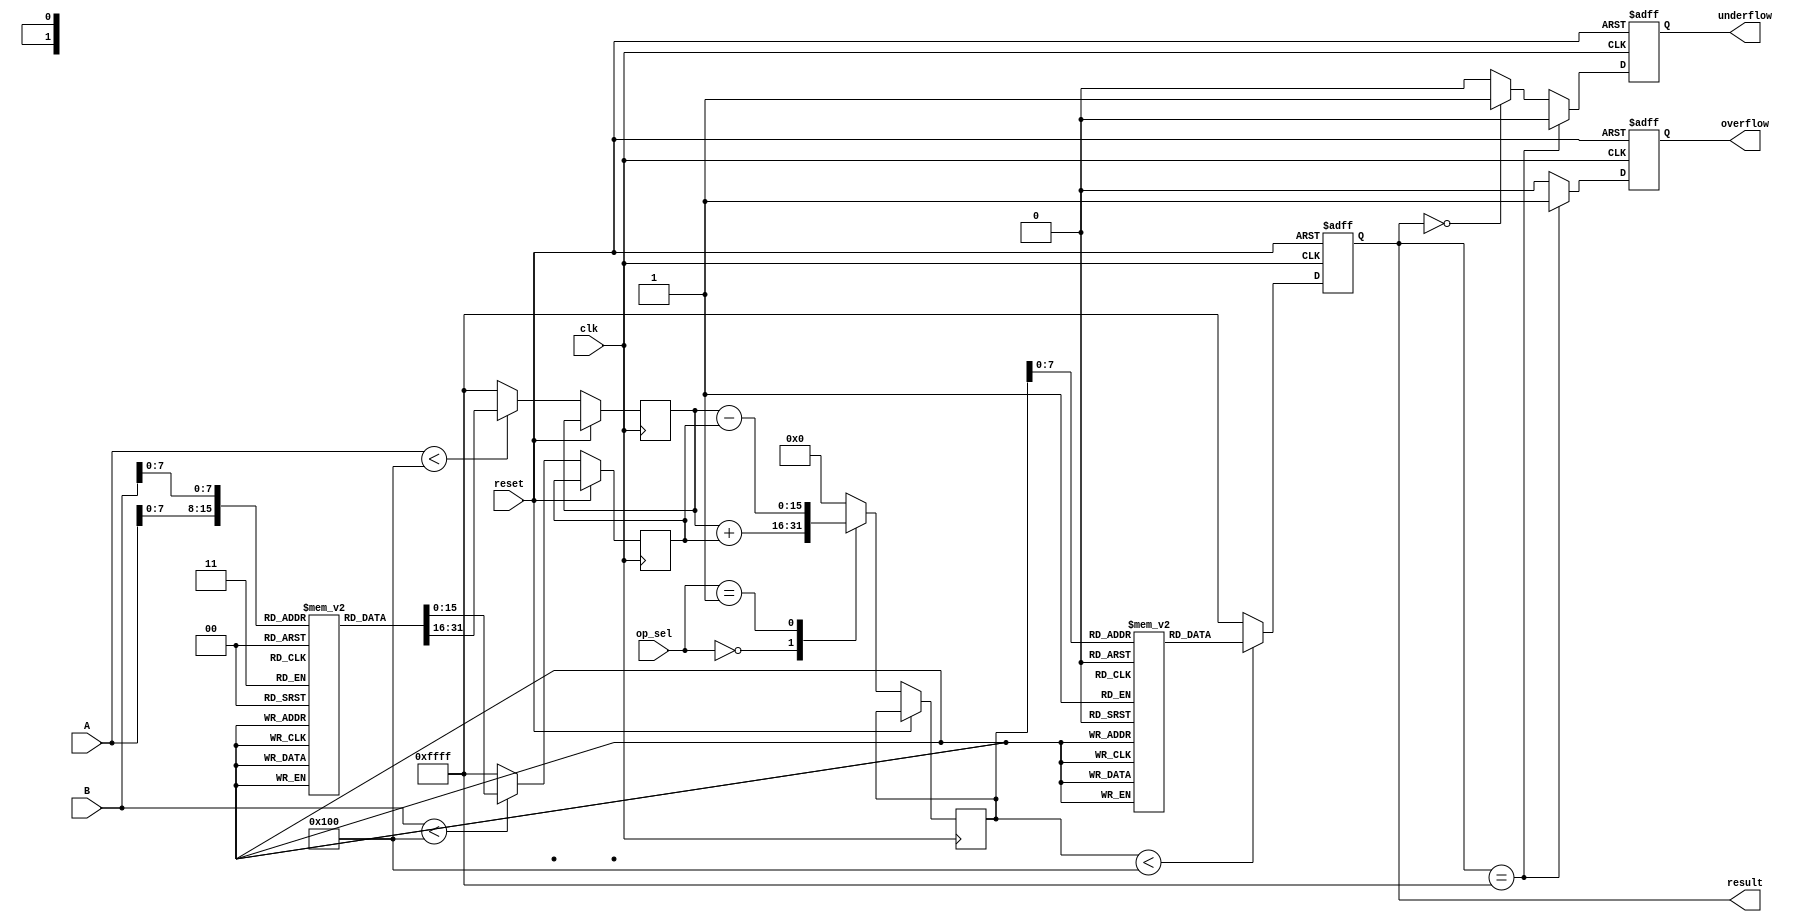
module LogarithmBasedDSPU (
    input  [15:0] A,       // Input A in fixed-point format
    input  [15:0] B,       // Input B in fixed-point format
    input  [1:0]  op_sel,  // Control signal for operation selection
    input         clk,      // Clock signal
    input         reset,    // Reset signal
    output reg [15:0] result, // Final result in fixed-point format
    output reg        overflow, // Overflow flag
    output reg        underflow  // Underflow flag
);

// Define parameters for logarithm and exponential lookup tables
parameter LUT_SIZE = 256;
reg [15:0] log_lut [0:LUT_SIZE-1]; // Logarithm Lookup Table
reg [15:0] exp_lut [0:LUT_SIZE-1]; // Exponential Lookup Table

// Initialize log and exp lookup tables (fill as needed)
initial begin
    // Fill log_lut and exp_lut with appropriate values
    // Example: log_lut[i] = log2(i) * scale, exp_lut[i] = exp2(i) * scale
end

// Logarithm Block: Convert inputs to log space
function [15:0] log_transform(input [15:0] x);
    begin
        // Lookup logarithm in the LUT
        if (x < LUT_SIZE)
            log_transform = log_lut[x];
        else
            log_transform = 16'hFFFF; // Handle overflow case
    end
endfunction

// Exponential Block: Convert results back to linear space
function [15:0] exp_transform(input [15:0] x);
    begin
        // Lookup exponential in the LUT
        if (x < LUT_SIZE)
            exp_transform = exp_lut[x];
        else
            exp_transform = 16'hFFFF; // Handle overflow case
    end
endfunction

// Arithmetic Unit: Perform operations based on op_sel
reg [15:0] logA, logB;
reg [15:0] log_result;

always @(posedge clk or posedge reset) begin
    if (reset) begin
        result <= 16'b0;
        overflow <= 1'b0;
        underflow <= 1'b0;
    end else begin
        logA <= log_transform(A);
        logB <= log_transform(B);

        case (op_sel)
            2'b00: log_result <= logA + logB; // Multiplication: log(A * B) = log(A) + log(B)
            2'b01: log_result <= logA - logB; // Division: log(A / B) = log(A) - log(B)
            default: log_result <= 16'b0;       // No operation
        endcase

        // Convert from log domain back to linear domain
        result <= exp_transform(log_result);

        // Check for overflow/underflow conditions
        if (result == 16'hFFFF) begin
            overflow <= 1'b1;    // Set overflow flag
            underflow <= 1'b0;   // Reset underflow flag
        end else if (result == 16'h0) begin
            underflow <= 1'b1;   // Set underflow flag
            overflow <= 1'b0;    // Reset overflow flag
        end else begin
            overflow <= 1'b0;
            underflow <= 1'b0;
        end
    end
end

endmodule